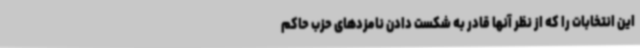
این انتخابات را که از نظر آنها قادر به شکست دادن نامزدهای حزب حاکم